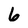
Character: 6